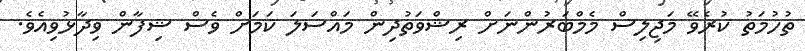
ތުހުމަތު ކުރެވޭ މަޖިލިސް މެމްބަރުންނަށް ރިޝްވަތުދިން މައްސަލަ ކަމަށް ވެސް ޝިފާން ވިދާޅުވިއެވެ.